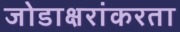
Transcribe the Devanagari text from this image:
जोडाक्षरांकरता